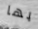
بها